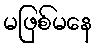
မဖြစ်မနေ